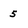
Character: 5